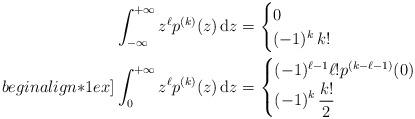
LaTeX: \begin{align*}\int_{-\infty}^{+\infty} z^{\ell} p^{(k)}(z)\,\mathrm{d}z&=\begin{cases}0 & \\(-1)^k\,k! & \end{cases}\\begin{align*}1ex] \int_0^{+\infty} z^{\ell} p^{(k)}(z)\,\mathrm{d}z&=\begin{cases}(-1)^{\ell-1}\ell!p^{(k-\ell-1)}(0) & \\ \displaystyle (-1)^k\,\frac{k!}{2} & \end{cases}\end{align*}